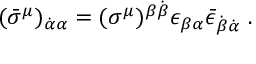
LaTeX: ( \bar { \sigma } ^ { \mu } ) _ { \dot { \alpha } \alpha } = ( \sigma ^ { \mu } ) ^ { \beta \dot { \beta } } \epsilon _ { \beta \alpha } \bar { \epsilon } _ { \dot { \beta } \dot { \alpha } } ~ .